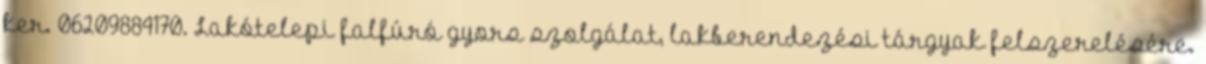
ker. 06209884170. Lakótelepi falfúró gyors szolgálat, lakberendezési tárgyak felszerelésére.